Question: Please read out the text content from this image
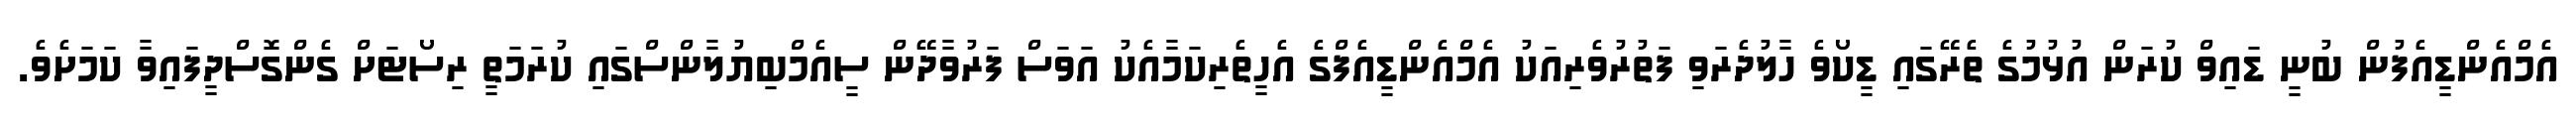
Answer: އެމްއެންޑީއެފުން ބުނީ ޑައިވް ކުރަން އުޅުމުގެ ތެރޭގައި ޑީކޯވެ ހާލުދެރަވި ފަތުރުވެރިއަކު އެމްއެންޑީއެފްގެ އެހީތެރިކަމާއެކު އަވަސް ފަރުވާދޭން ސީއެމްބިޔުލާންސްގައި ކުރަމަތީ ރިސޯޓަށް ގެންގޮސްދީފައިވާ ކަމަށެވެ.